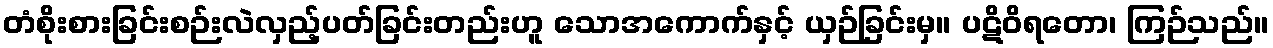
တံစိုးစားခြင်းစဉ်းလဲလှည့်ပတ်ခြင်းတည်းဟူ သောအကောက်နှင့် ယှဉ်ခြင်းမှ။ ပဋိဝိရတော၊ ကြဉ်သည်။